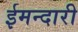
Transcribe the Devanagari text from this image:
ईमन्दारी